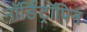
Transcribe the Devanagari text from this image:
नॉर्डिट्रॉपिन